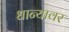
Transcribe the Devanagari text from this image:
धान्यावर